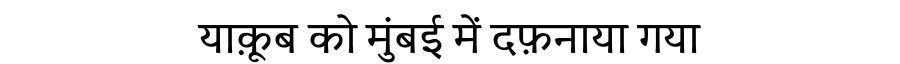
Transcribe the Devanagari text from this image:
याक़ूब को मुंबई में दफ़नाया गया